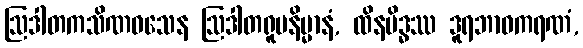
ဩဒါတကသိဏဝသေန ဩဒါတရူပနိမ္မာနံ, ထိနမိဒ္ဓဿ ဒူရဘာဝကရဏံ,